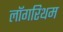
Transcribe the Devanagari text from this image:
लॉगरिथम